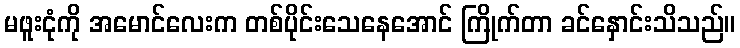
မဖူးငုံကို အမောင်လေးက တစ်ပိုင်းသေနေအောင် ကြိုက်တာ ခင်နှောင်းသိသည်။